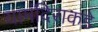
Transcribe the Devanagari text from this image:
यामंदिराकडे